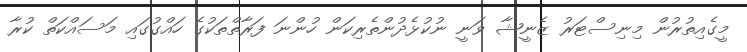
މީގެއިތުރުން މިނިސްޓަރު ޒެނީޝާ ވަނީ ނުކުޅެދުންތެރިކަން ހުންނަ ފަރާތްތަކުގެ ހައްގުގައި މަސައްކަތް ކުރާ